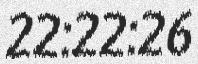
22:22:26